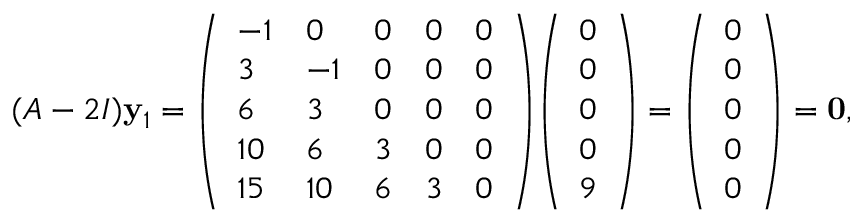
( A - 2 I ) \mathbf { y } _ { 1 } = { \left( \begin{array} { l l l l l } { - 1 } & { 0 } & { 0 } & { 0 } & { 0 } \\ { 3 } & { - 1 } & { 0 } & { 0 } & { 0 } \\ { 6 } & { 3 } & { 0 } & { 0 } & { 0 } \\ { 1 0 } & { 6 } & { 3 } & { 0 } & { 0 } \\ { 1 5 } & { 1 0 } & { 6 } & { 3 } & { 0 } \end{array} \right) } { \left( \begin{array} { l } { 0 } \\ { 0 } \\ { 0 } \\ { 0 } \\ { 9 } \end{array} \right) } = { \left( \begin{array} { l } { 0 } \\ { 0 } \\ { 0 } \\ { 0 } \\ { 0 } \end{array} \right) } = \mathbf { 0 } ,